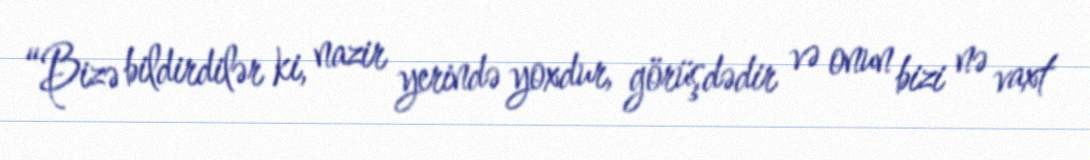
“Bizə bildirdilər ki, nazir yerində yoxdur, görüşdədir və onun bizi nə vaxt